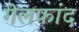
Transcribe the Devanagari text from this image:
गेलफांद